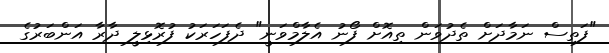
"ފަތިސް ނަމާދަށް ތެދުވަން ތިއޮށް ފޯނު އެލާމްވަނީ" ދެފަހަރަކު ފުރޮޅިލީ ދާރާ އަންބަރުގެ